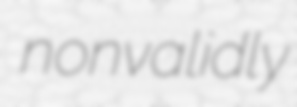
nonvalidly